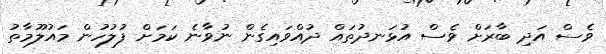
ވެސް އަދި ބާރަށް ވެސް އުޅަނދުތައް ދުއްވައިގެން ނުވާނެ ކަމަށް ފުލުހުން މައުލޫމާތު